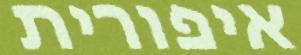
איפורית